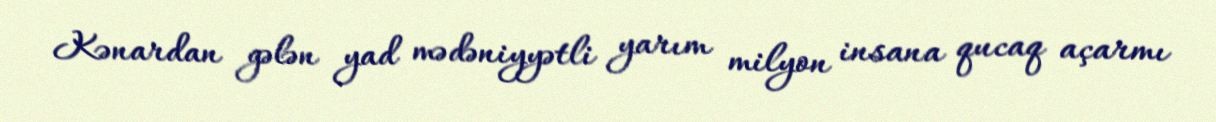
Kənardan gələn yad mədəniyyətli yarım milyon insana qucaq açarmı